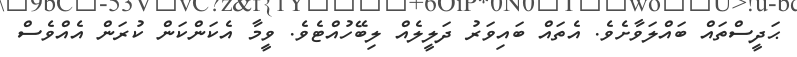
ޙަދީސްތައް ބައްލަވާށެވެ. އެތައް ބައިވަރު ދަލީލެއް ލިބޭހުއްޓެވެ. ވީމާ އެކަންކަން ކުރަން އެއްވެސް